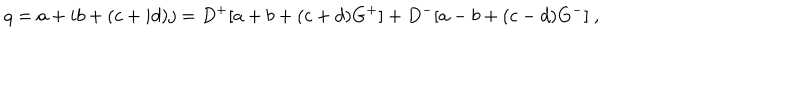
q = a + i b + ( c + i d ) j = D ^ { + } [ a + b + ( c + d ) G ^ { + } ] + D ^ { - } [ a - b + ( c - d ) G ^ { - } ] ~ ,